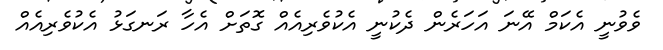
ވެވުނީ އެކަމް އޭނަ އަހަރެން ދެކުނީ އެކުވެރިއެއް ގޮތަށް އެހާ ރަނގަޅު އެކުވެރިއެއް